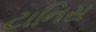
ટાનિસ